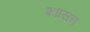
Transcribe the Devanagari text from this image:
शाासन